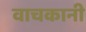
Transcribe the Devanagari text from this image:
वाचकानी